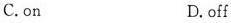
C.on D.off